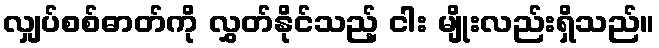
လျှပ်စစ်ဓာတ်ကို လွှတ်နိုင်သည့် ငါး မျိုးလည်းရှိသည်။